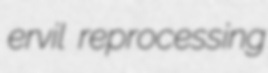
ervil reprocessing